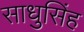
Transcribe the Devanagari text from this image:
साधुसिंह